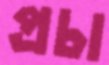
প্রচা